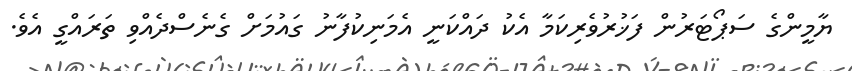
ޔާމީންގެ ސަޕޯޓަރުން ފަޚުރުވެރިކަމާ އެކު ދައްކަނީ އެމަނިކުފާނު ގައުމަށް ގެނެސްދެއްވި ތަރައްގީ އެވެ.